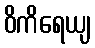
ဝိကိရေယျ